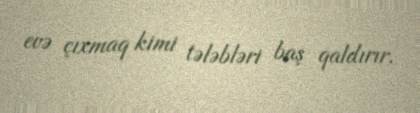
evə çıxmaq kimi tələbləri baş qaldırır.